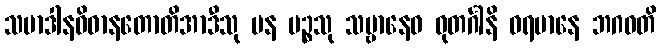
သမာဒါနဝိဓာနတောတိအာဒီသု ပန ပဉ္စသု သဗ္ဗာနေဝ ဓုတင်္ဂါနိ ဓရမာနေ ဘဂဝတိ